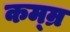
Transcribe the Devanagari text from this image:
कम्म्र